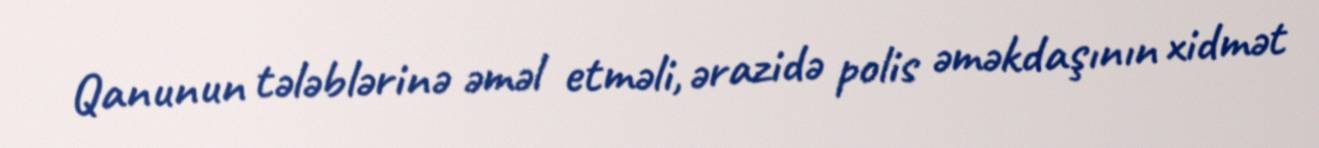
Qanunun tələblərinə əməl etməli, ərazidə polis əməkdaşının xidmət